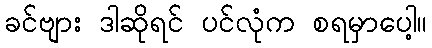
ခင်ဗျား ဒါဆိုရင် ပင်လုံက စရမှာပေါ့။